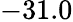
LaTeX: -31.0